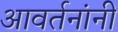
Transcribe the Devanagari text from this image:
आवर्तनांनी